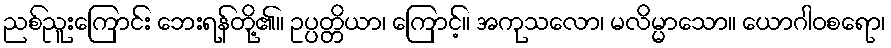
ညစ်ညူးကြောင်း ဘေးရန်တို့၏။ ဥပ္ပတ္တိယာ၊ ကြောင့်။ အကုသလော၊ မလိမ္မာသော။ ယောဂါဝစရော၊